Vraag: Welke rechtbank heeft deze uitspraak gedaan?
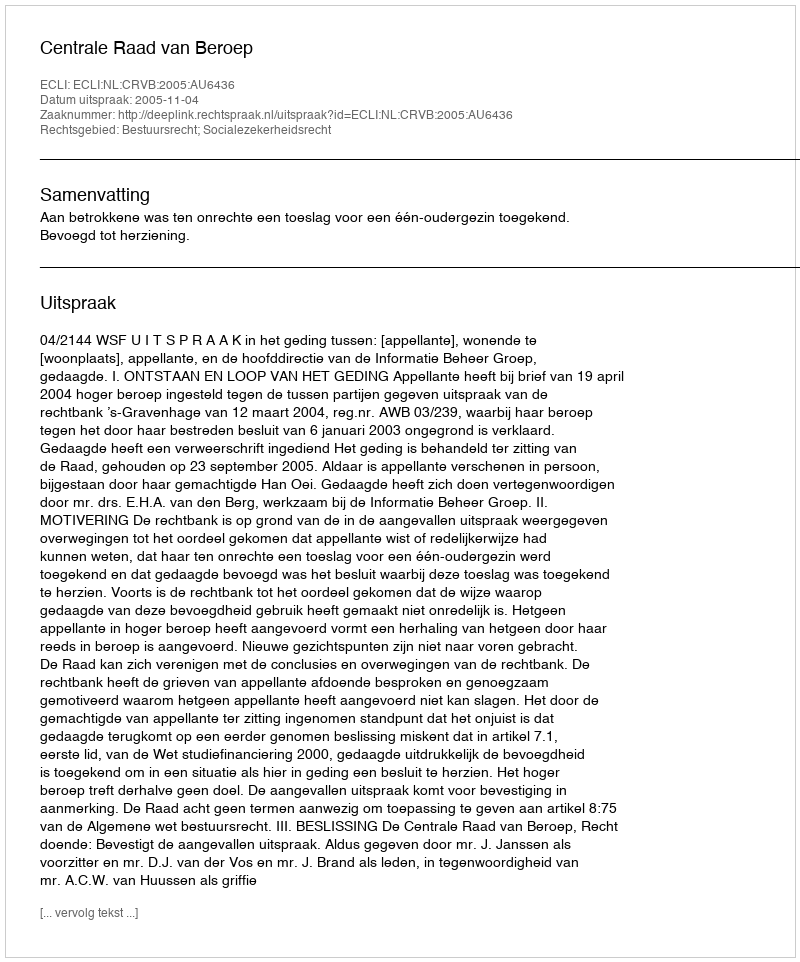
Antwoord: Centrale Raad van Beroep